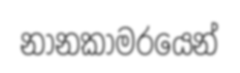
නානකාමරයෙන්